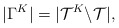
\begin{align*}|\Gamma^K| = |\mathcal{T}^K \backslash \mathcal{T}|,\end{align*}